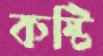
কষ্টি